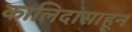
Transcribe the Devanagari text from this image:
कालिदासाहून